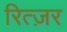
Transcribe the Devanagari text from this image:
रित्ज़र